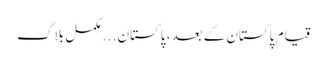
قیام پاکستان کے بعد، پاکستان . . . مکمل بلاگ